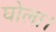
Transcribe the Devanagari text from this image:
घोला।